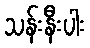
သန်းနီးပါး